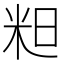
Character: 𮇇